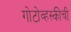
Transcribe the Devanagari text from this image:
गोटोव्हस्कीची